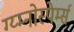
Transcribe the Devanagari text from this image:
ग्य्म्नोस्पेर्म्स